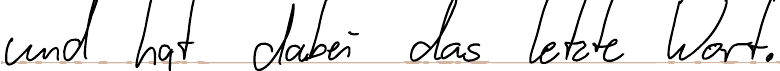
und hat dabei das letzte Wort.